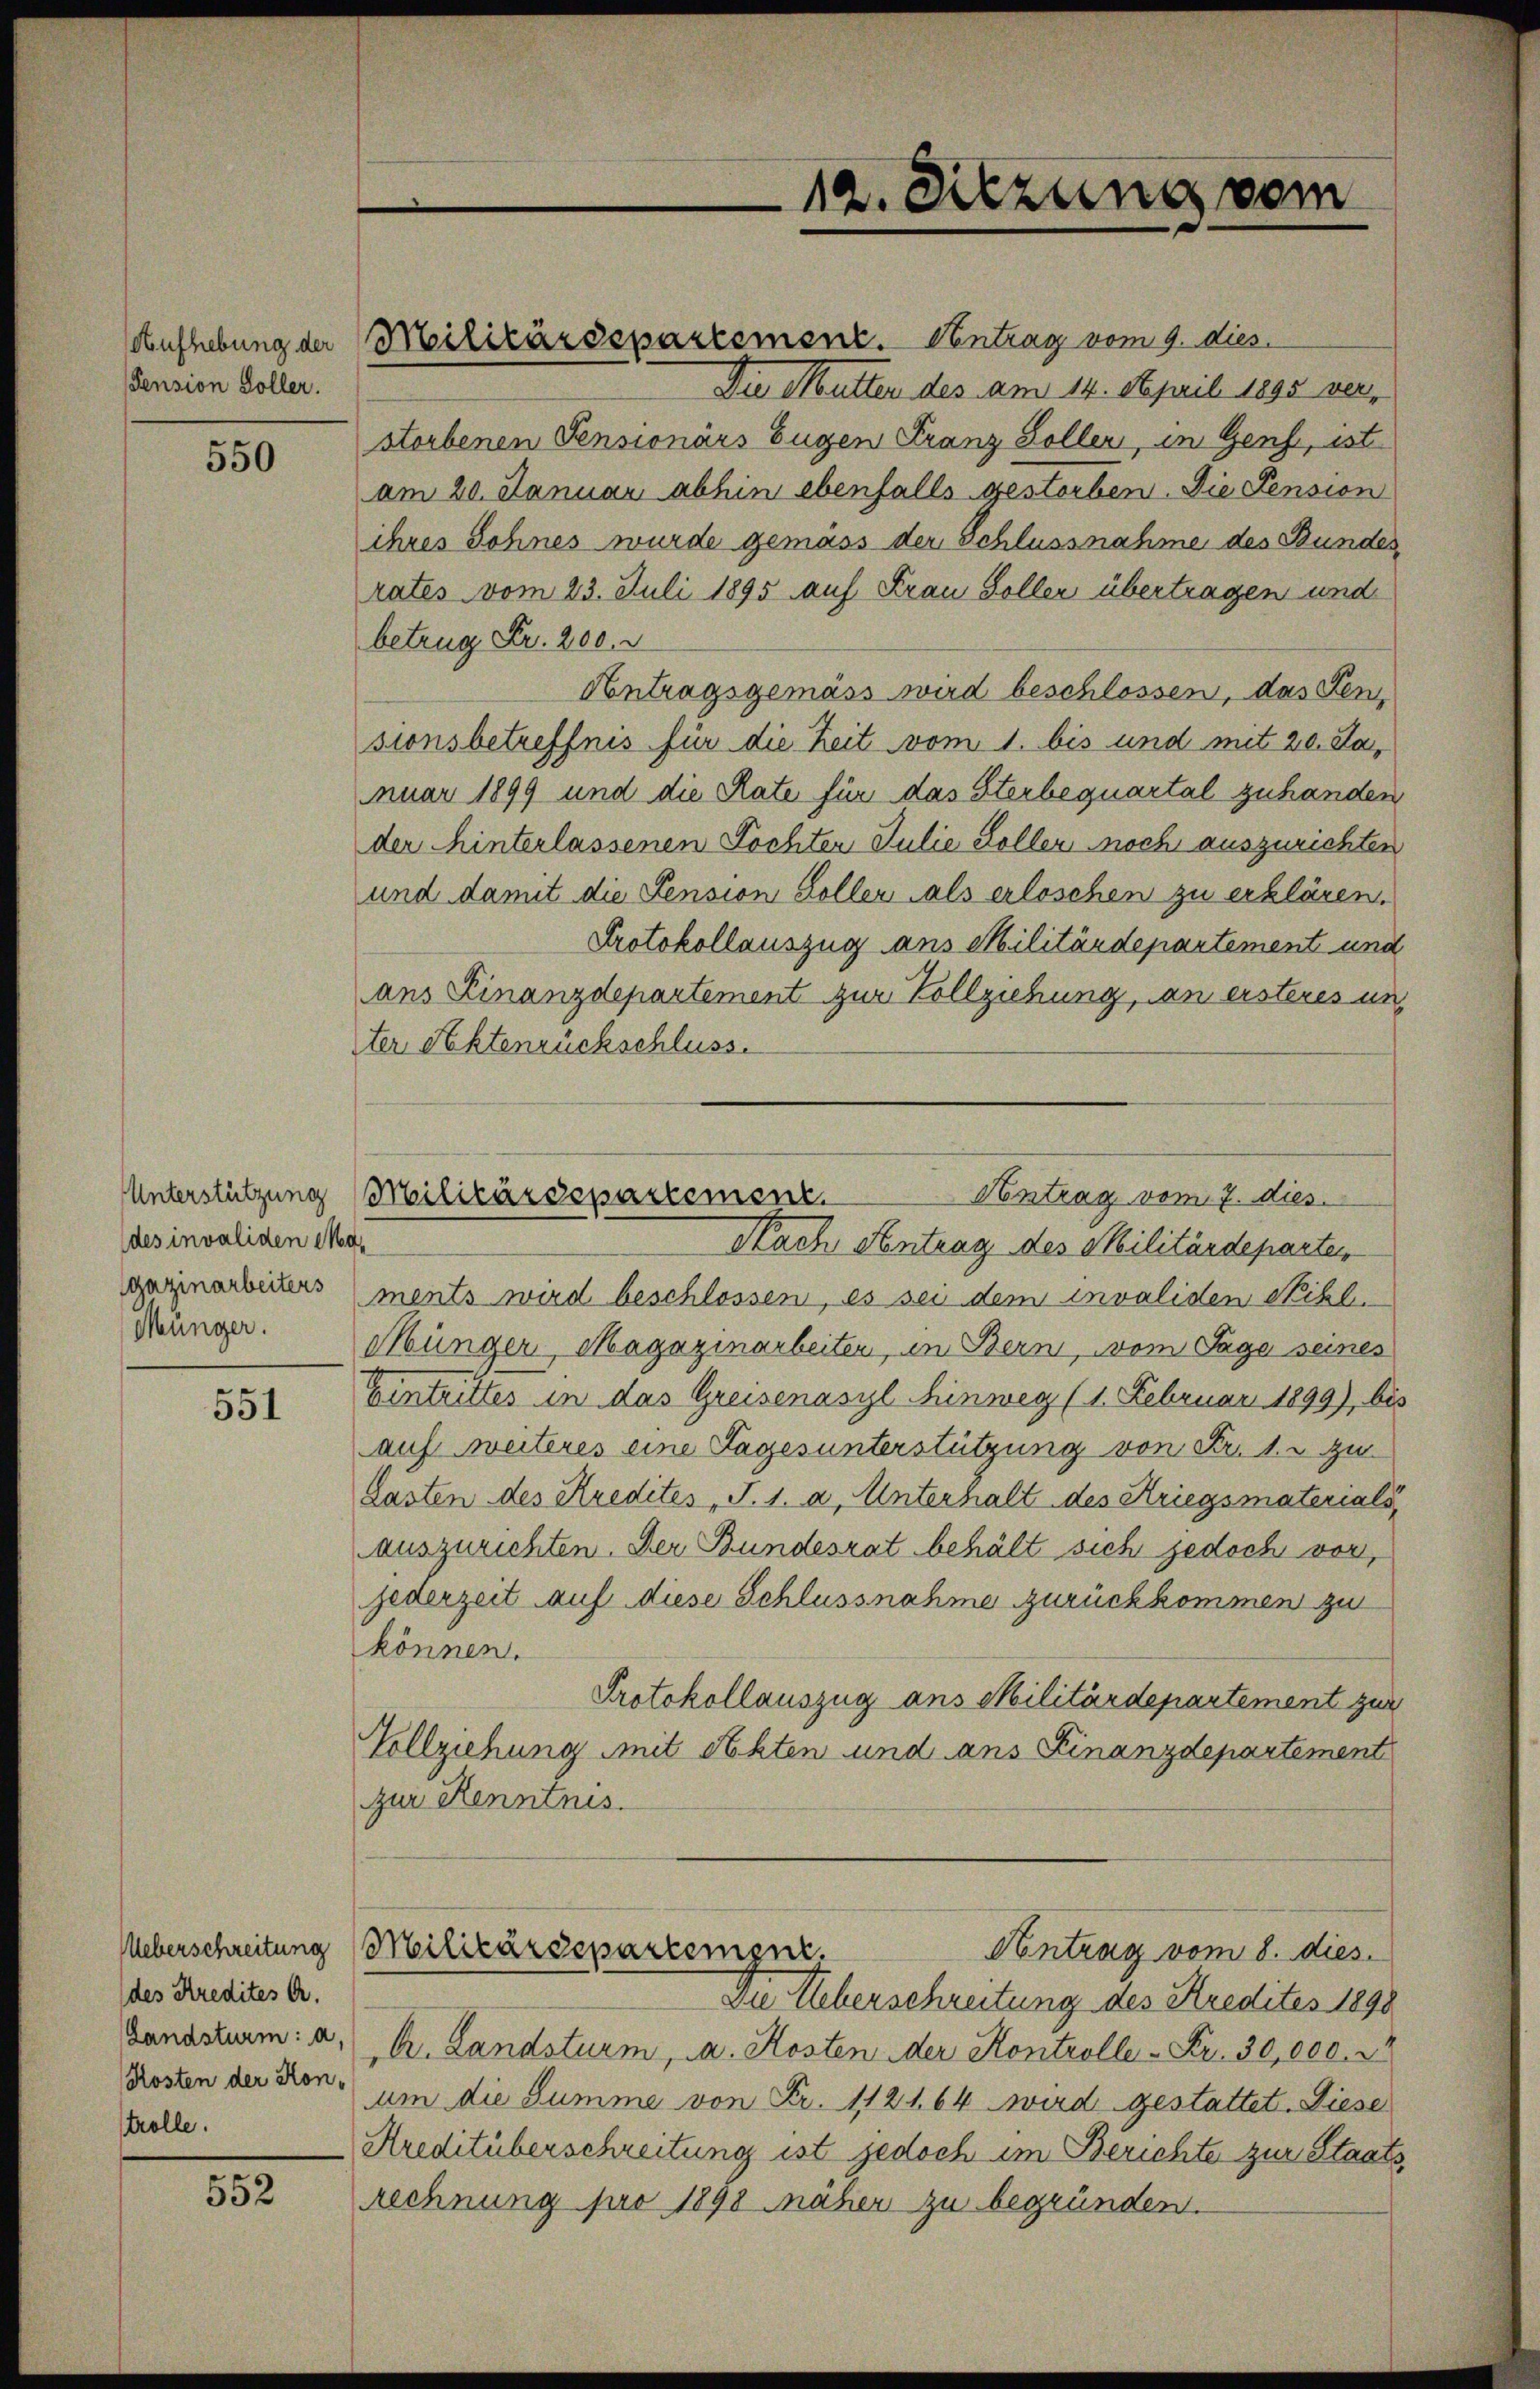
Pension Soller.

550

des invaliden Mad.
Münger.

551

des Kredites A.
Landsturm: a.
trolle.

552

Aufhebung der Militärdepartement. Antrag vom 9. dies

betrug Fr. 200.

Antrag vom 7. dies
Unterstützung Militärdepartement.
Nach Antrag des Militärdeparten

12. Sitzung vom

Die Mutter des am 14. April 1895 verstorbenen Pensionärs Eugen Franz Sollen, in Genf, ist
am 20. Januar abhin ebenfalls gestorben. Die Pension
ihres Sohnes wurde gemäss der Schlussnahme des Bundes
rates vom 23. Juli 1895 auf Frau Soller übertragen und
Antragsgemäss wird beschlossen, das Fensionsbetreffnis für die Zeit vom 1. bis und mit 20. Ja,
nuar 1899 und die Rate für das Sterbequartal zuhanden
der hinterlassenen Tochten Julie Kollen noch auszurichten
und damit die Pension Koller als erloschen zu erklären.
Protokollauszug aus Militärdepartement und
ans Finanzdepartement zur Vollziehung, an ersteres un¬
Der Rektenrückschluss.
gazinarbeitens ments wird beschlossen, es sei dem invaliden Sihl
Münger Magazinarbeiten, in Bern, vom Tage seines
Eintrittes in das Greisenasyl Hinweg (1. Februar 1899), bis
auf weiteres eine Tagesunterstützung von Fr. 1. u. zu
Lasten des Kredites P. 1. a. Unterhalt des Kriegsmaterials,
auszurichten. Der Bundesrat behält sich jedoch vor,
jederzeit auf diese Schlussnahme zurückkommen zu
können.
Protokollauszug aus Militärdepartement zur
Vollziehung mit Akten und ans Finanzdepartement
zur Kenntnis.
Ueberschreitung Militärdepartement
Antrag vom 8. dies
Die Ueberschreitung des Kredites 1898
A. Landsturm, a. Kosten der Kontrolle - Fr. 30,000. 2
Kosten der von um die Summe von Fr. 112164 wird gestattet. Diese
Kreditüberschreitung ist jedoch im Berichte zur Staatsrechnung jar 1898 näher zu begründen.